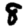
Digit: 8